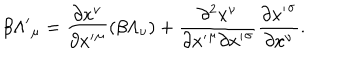
\beta { \Lambda ^ { \prime } } _ { \mu } = \frac { \partial x ^ { \nu } } { \partial { x ^ { \prime } } ^ { \mu } } ( \beta \Lambda _ { \nu } ) + \frac { \partial ^ { 2 } x ^ { \nu } } { { \partial { x ^ { \prime } } ^ { \mu } } { \partial { x ^ { \prime } } ^ { \sigma } } } \frac { \partial { x ^ { \prime } } ^ { \sigma } } { \partial x ^ { \nu } } .